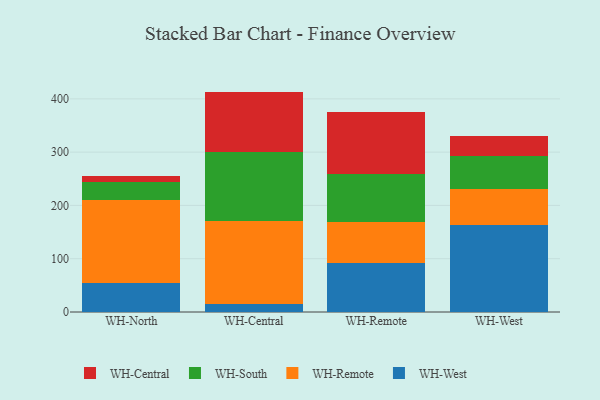
{"axis": {"x": "Warehouse", "y": "Budget (USD K)"}, "legend": ["WH-Central", "WH-Remote", "WH-South", "WH-West"], "data": [{"x": "WH-North", "y": 55.3, "type": "WH-West"}, {"x": "WH-North", "y": 154.0, "type": "WH-Remote"}, {"x": "WH-North", "y": 34.3, "type": "WH-South"}, {"x": "WH-North", "y": 10.9, "type": "WH-Central"}, {"x": "WH-Central", "y": 15.6, "type": "WH-West"}, {"x": "WH-Central", "y": 154.5, "type": "WH-Remote"}, {"x": "WH-Central", "y": 129.8, "type": "WH-South"}, {"x": "WH-Central", "y": 113.7, "type": "WH-Central"}, {"x": "WH-Remote", "y": 92.2, "type": "WH-West"}, {"x": "WH-Remote", "y": 77.0, "type": "WH-Remote"}, {"x": "WH-Remote", "y": 89.2, "type": "WH-South"}, {"x": "WH-Remote", "y": 117.2, "type": "WH-Central"}, {"x": "WH-West", "y": 164.2, "type": "WH-West"}, {"x": "WH-West", "y": 66.2, "type": "WH-Remote"}, {"x": "WH-West", "y": 62.2, "type": "WH-South"}, {"x": "WH-West", "y": 38.6, "type": "WH-Central"}]}